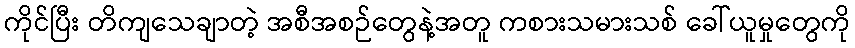
ကိုင်ပြီး တိကျသေချာတဲ့ အစီအစဉ်တွေနဲ့အတူ ကစားသမားသစ် ခေါ်ယူမှုတွေကို